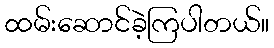
ထမ်းဆောင်ခဲ့ကြပါတယ်။